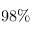
9 8 \%